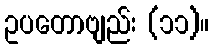
ဥပတောဗျည်း (၁၁)။